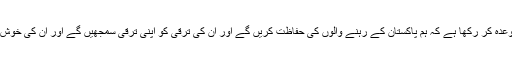
ہم نے پاکستان کے بانی سے وعدہ کر رکھا ہے کہ ہم پاکستان کے رہنے والوں کی حفاظت کریں گے اور ان کی ترقی کو اپنی ترقی سمجھیں گے اور ان کی خوش حالی کے لئے کام کریں گے۔